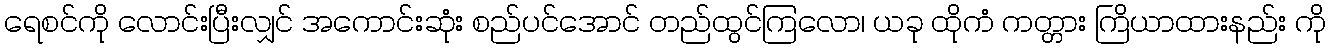
ရေစင်ကို လောင်းပြီးလျှင် အကောင်းဆုံး စည်ပင်အောင် တည်ထွင်ကြလော၊ ယခု ထိုကံ ကတ္တား ကြိယာထားနည်း ကို